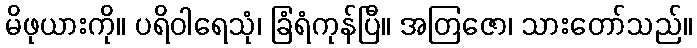
မိဖုယားကို။ ပရိဝါရေသုံ၊ ခြံရံကုန်ပြီ။ အတြဇော၊ သားတော်သည်။